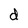
Character: d